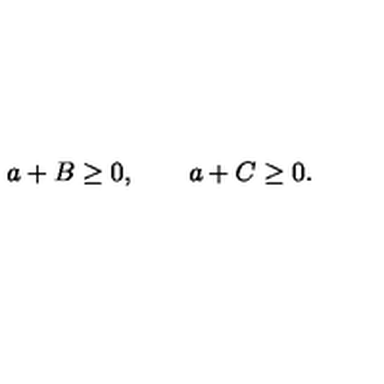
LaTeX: a + B \geq 0 , \qquad a + C \geq 0 .